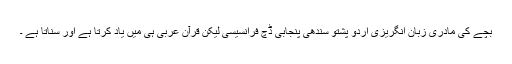
بچے کی مادری زبان انگریزی اردو پشتو سندھی پنجابی ڈچ فرانسیسی لیکن قرآن عربی ہی میں یاد کرتا ہے اور سناتا ہے ۔